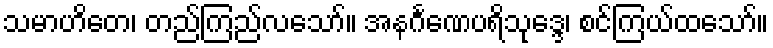
သမာဟိတေ၊ တည်ကြည်လသော်။ အနင်္ဂဏေပရိသုဒ္ဒေ၊ စင်ကြယ်ထသော်။